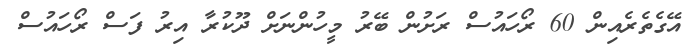
އޭގެތެރެއިން 60 ރޯހައުސް ރަށުން ބޭރު މީހުންނަށް ދޫކުރާ އިރު ފަސް ރޯހައުސް